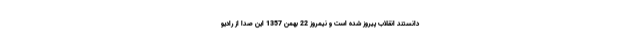
دانستند انقلاب پیروز شده است و نیمروز 22 بهمن 1357 این صدا از رادیو